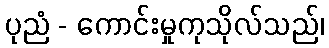
ပုညံ - ကောင်းမှုကုသိုလ်သည်၊